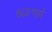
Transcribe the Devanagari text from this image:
रुळणारे